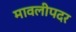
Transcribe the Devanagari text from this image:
मावलीपदर